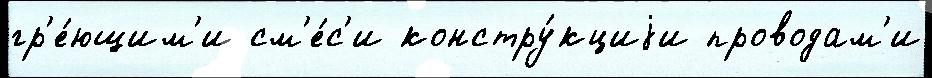
гр'е́ющим'и см'е́с'и констру́кциjи проводам'и